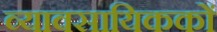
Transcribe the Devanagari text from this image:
व्यावसायिककों